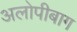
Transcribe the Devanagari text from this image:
अलोपीबाग